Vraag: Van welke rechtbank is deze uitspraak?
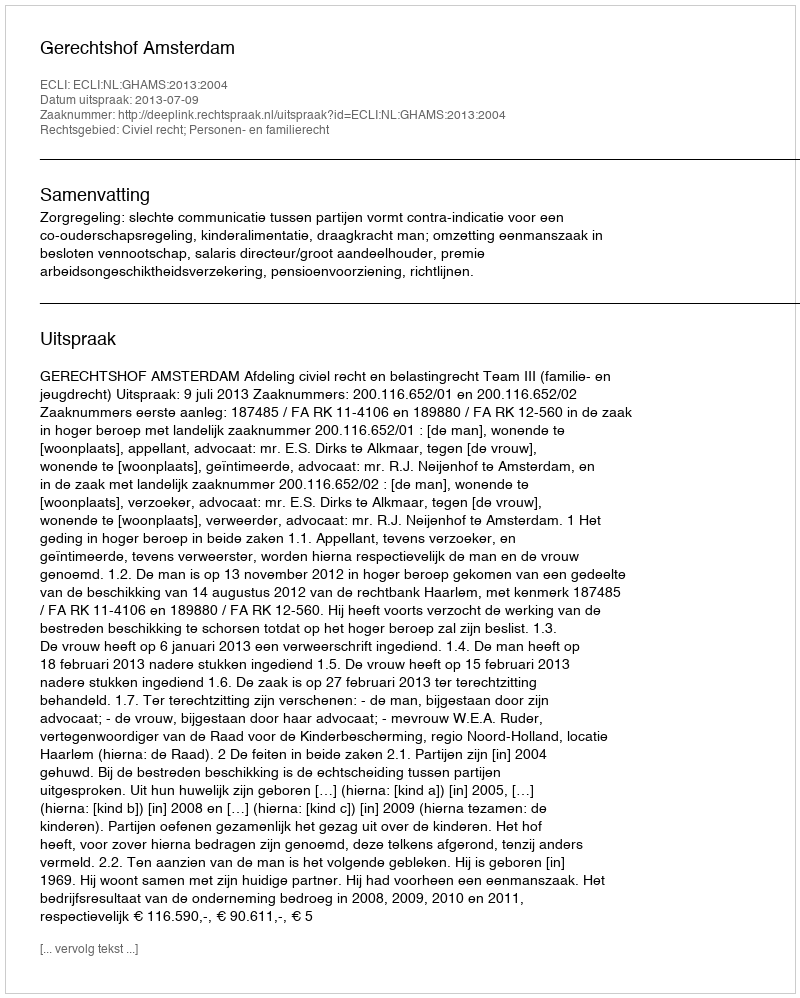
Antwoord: Gerechtshof Amsterdam